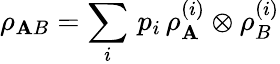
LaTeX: \rho_{\mathbf{A}B}=\sum_{i}\, p_{i}\, \rho_{\mathbf{A}}^{(i)}\otimes\rho_{B}^{(i)}